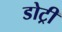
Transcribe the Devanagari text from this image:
डोट्री